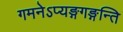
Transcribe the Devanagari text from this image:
गमनेऽप्यङ्गगङ्गन्ति